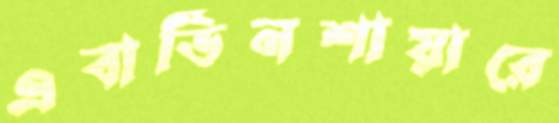
এবার্ডিনশায়ারে